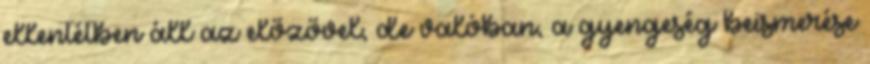
ellentétben áll az előzővel, de valóban, a gyengeség beismerése